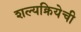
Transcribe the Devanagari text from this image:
शल्यक्रियेची